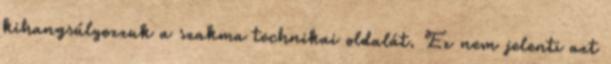
kihangsúlyozzuk a szakma technikai oldalát. Ez nem jelenti azt